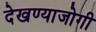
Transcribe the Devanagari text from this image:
देखण्याजोगी